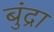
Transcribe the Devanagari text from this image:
बुंद्रा